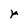
Character: r